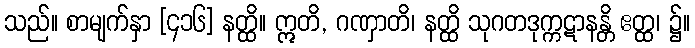
သည်။ စာမျက်နှာ [၄၁၆] နတ္ထိ။ ဣတိ, ဂဏှာတိ၊ နတ္ထိ သုဂတဒုက္ကဋာနန္တိ ဧတ္ထ၊ ၌။